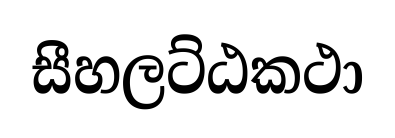
සීහලට්ඨකථා